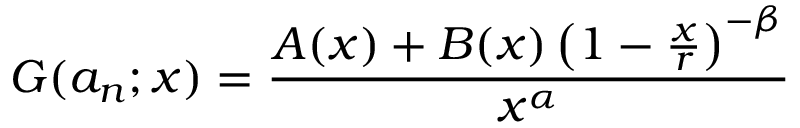
G ( a _ { n } ; x ) = { \frac { A ( x ) + B ( x ) \left( 1 - { \frac { x } { r } } \right) ^ { - \beta } } { x ^ { \alpha } } }